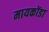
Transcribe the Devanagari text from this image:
मायकोंडा